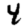
Digit: 4